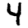
Digit: 4